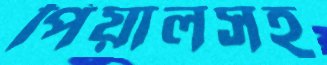
পিয়ালসহ